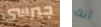
جيرسي أنك